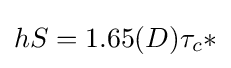
{hS}=1.65(D)\tau _{c}*